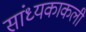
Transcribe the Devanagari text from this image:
सांध्यकाकली